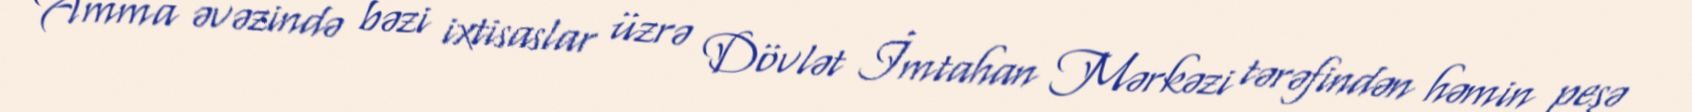
Amma əvəzində bəzi ixtisaslar üzrə Dövlət İmtahan Mərkəzi tərəfindən həmin peşə